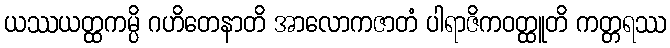
ယဿယတ္ထကမ္ပိ ဂဟိတေနာတိ အာလောကဇာတံ ပါရာဇိကဝတ္ထူတိ ကတ္တရဿ